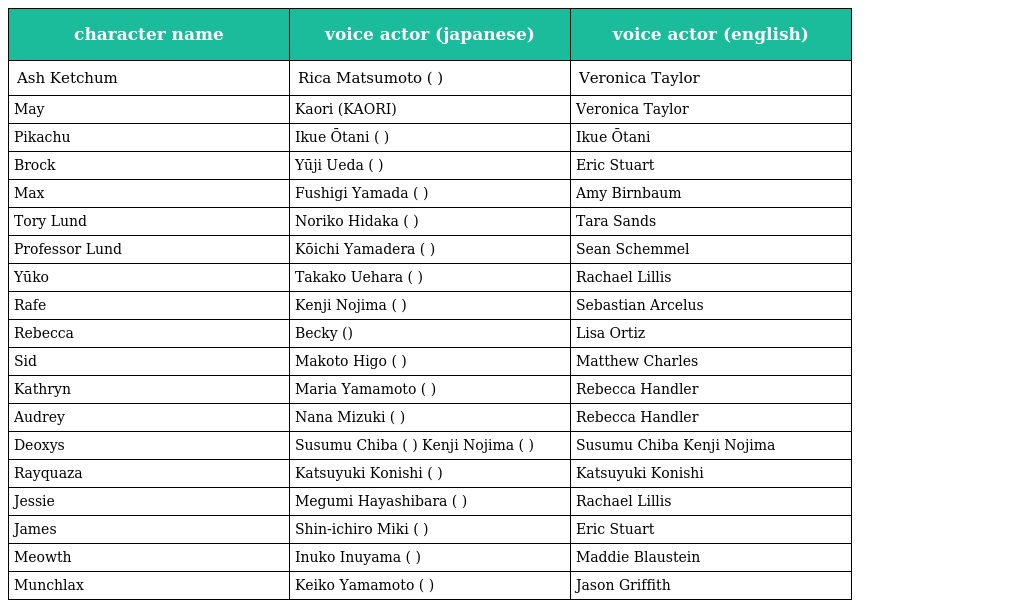
| character name | voice actor (japanese) | voice actor (english) |
 | --- | --- | --- |
 | Ash Ketchum | Rica Matsumoto (松本 梨香) | Veronica Taylor |
 | May | Kaori (KAORI) | Veronica Taylor |
 | Pikachu | Ikue Ōtani (大谷 育江) | Ikue Ōtani |
 | Brock | Yūji Ueda (上田 祐司) | Eric Stuart |
 | Max | Fushigi Yamada (山田 ふしぎ) | Amy Birnbaum |
 | Tory Lund | Noriko Hidaka (日髙 のり子) | Tara Sands |
 | Professor Lund | Kōichi Yamadera (山寺 宏一) | Sean Schemmel |
 | Yūko | Takako Uehara (上原 多香子) | Rachael Lillis |
 | Rafe | Kenji Nojima (野島 健児) | Sebastian Arcelus |
 | Rebecca | Becky (ベッキー) | Lisa Ortiz |
 | Sid | Makoto Higo (肥後 誠) | Matthew Charles |
 | Kathryn | Maria Yamamoto (山本 麻里安) | Rebecca Handler |
 | Audrey | Nana Mizuki (水樹 奈々) | Rebecca Handler |
 | Deoxys | Susumu Chiba (千葉 進歩) Kenji Nojima (野島 健児) | Susumu Chiba Kenji Nojima |
 | Rayquaza | Katsuyuki Konishi (小西 克幸) | Katsuyuki Konishi |
 | Jessie | Megumi Hayashibara (林原 めぐみ) | Rachael Lillis |
 | James | Shin-ichiro Miki (三木 眞一郎) | Eric Stuart |
 | Meowth | Inuko Inuyama (犬山 イヌコ) | Maddie Blaustein |
 | Munchlax | Keiko Yamamoto (山本 圭子) | Jason Griffith |